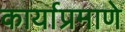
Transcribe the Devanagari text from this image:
कार्याप्रमाणे